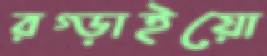
রগ্‌ড়াইয়ো